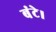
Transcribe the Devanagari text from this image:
बंटे।